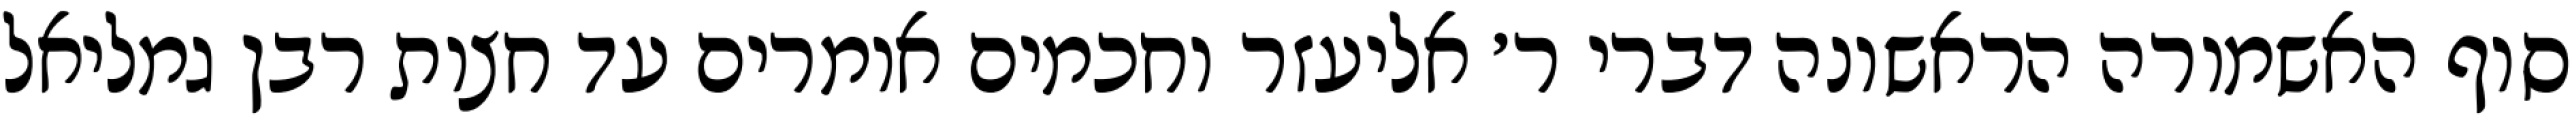
סוף האשמורה הראשונה דברי ר׳ אליעזר וחכמים אומרים עד חצות רבן גמליאל